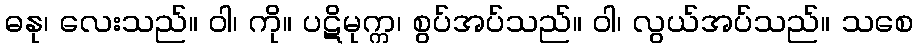
ဓနု၊ လေးသည်။ ဝါ၊ ကို။ ပဋိမုက္က၊ စွပ်အပ်သည်။ ဝါ၊ လွယ်အပ်သည်။ သစေ